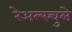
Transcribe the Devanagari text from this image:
रेअल्स्चुले